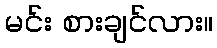
မင်း စားချင်လား။